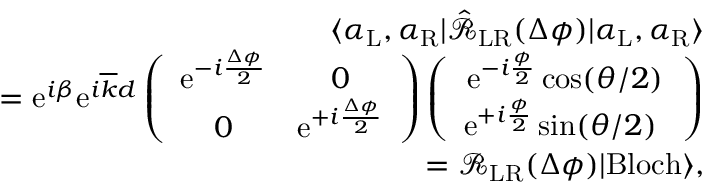
\begin{array} { r l r } & { } & { \langle \alpha _ { \mathrm { L } } , \alpha _ { \mathrm { R } } | \hat { \mathcal { R } } _ { \mathrm { L R } } ( \Delta \phi ) | \alpha _ { \mathrm { L } } , \alpha _ { \mathrm { R } } \rangle } \\ & { } & { = \mathrm { e } ^ { i \beta } \mathrm { e } ^ { i \overline { { k } } d } \left( \begin{array} { c c } { \mathrm { e } ^ { - i \frac { \Delta \phi } { 2 } } } & { 0 } \\ { 0 } & { \mathrm { e } ^ { + i \frac { \Delta \phi } { 2 } } } \end{array} \right) \left( \begin{array} { c } { \mathrm { e } ^ { - i \frac { \phi } { 2 } } \cos ( \theta / 2 ) } \\ { \mathrm { e } ^ { + i \frac { \phi } { 2 } } \sin ( \theta / 2 ) \ } \end{array} \right) } \\ & { } & { = \mathcal { R } _ { \mathrm { L R } } ( \Delta \phi ) | \mathrm { B l o c h } \rangle , } \end{array}